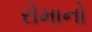
રોમાનો